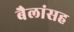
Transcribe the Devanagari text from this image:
बैलांसह